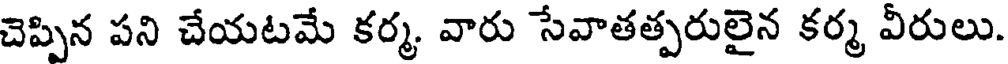
చెప్పిన పని చేయటమే కర్మ వారు సేవాతత్పరులైన కర్మ వీరులు.